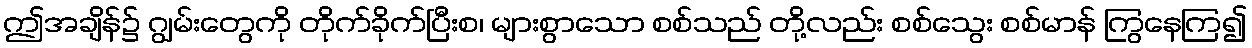
ဤအချိန်၌ ဂျွမ်းတွေကို တိုက်ခိုက်ပြီးစ၊ များစွာသော စစ်သည် တို့လည်း စစ်သွေး စစ်မာန် ကြွနေကြ၍